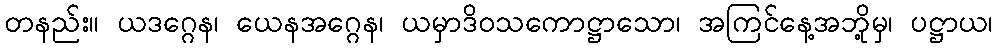
တနည်း။ ယဒဂ္ဂေန၊ ယေနအဂ္ဂေန၊ ယမှာဒိဝသကောဋ္ဌာသော၊ အကြင်နေ့အဘို့မှ၊ ပဋ္ဌာယ၊